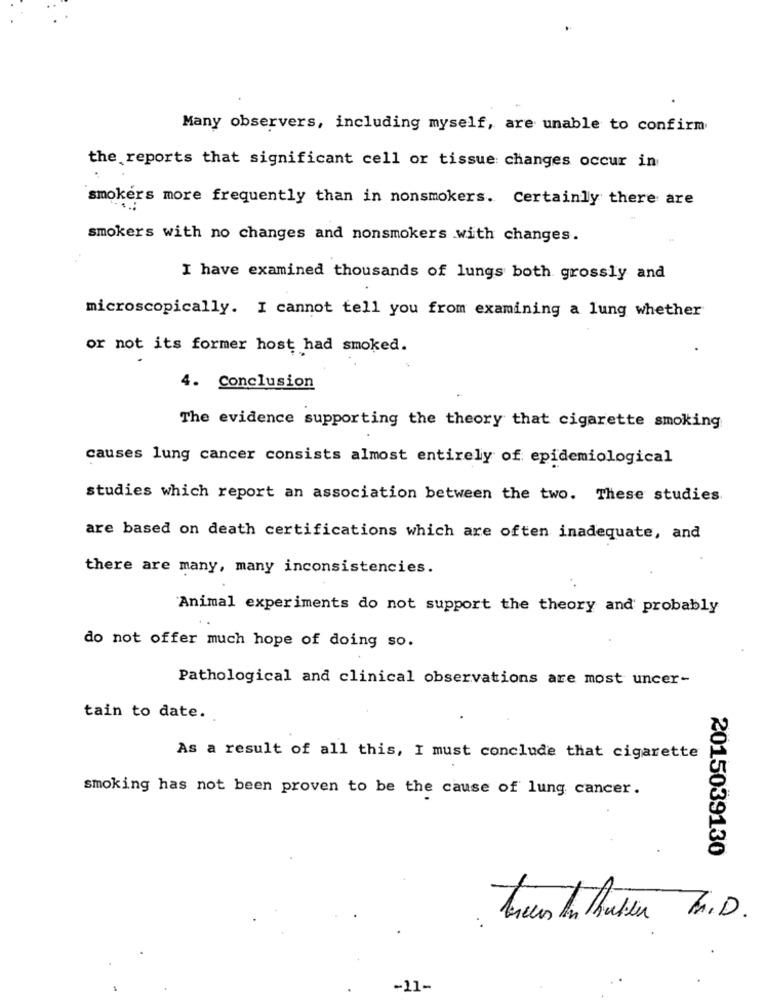
Many observers, including myself, are unable to confirm
the reports that significant cell or tissue changes occur in
smokers more frequently than in nonsmokers. Certainly there are
smokers with no changes and nonsmokers with changes.
I have examined thousands of lungs both grossly and
microscopically. I cannot tell you from examining a lung whether
or not its former host had smoked.
4. Conclusion
The evidence supporting the theory that cigarette smoking
causes lung cancer consists almost entirely of epidemiological
studies which report an association between the two. These studies
are based on death certifications which are often inadequate, and
there are many, many inconsistencies.
Animal experiments do not support the theory and probably
do not offer much hope of doing so.
Pathological and clinical observations are most uncer-
tain to date.
As a result of all this, I must conclude that cigarette
smoking has not been proven to be the cause of lung cancer.
2015039130
Trees In hutien M.D.
-11-